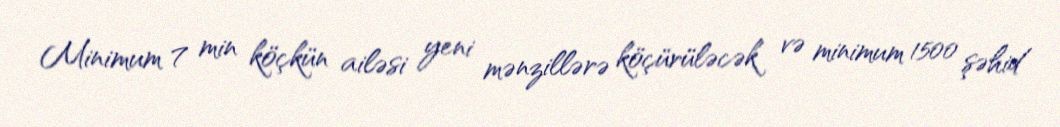
Minimum 7 min köçkün ailəsi yeni mənzillərə köçürüləcək və minimum 1500 şəhid